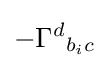
-{\Gamma ^{d}}_{b_{i}c}